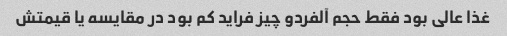
غذا عالی بود فقط حجم آلفردو چیز فراید کم بود در مقایسه یا قیمتش